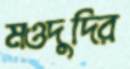
মওদুদির